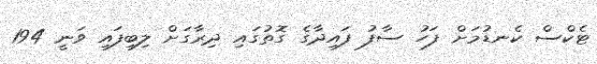
ޓެކްސް ކެނޑުމަށް ފަހު ސާފު ފައިދާގެ ގޮތުގައި ދިރާގަށް ލިބިފައި ވަނީ 194